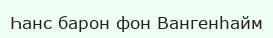
Һанс барон фон Вангенһайм